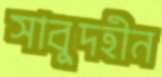
সাবুদহীন